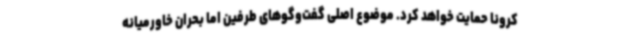
کرونا حمایت خواهد کرد. موضوع اصلی گفت‌وگوهای طرفین اما بحران خاورمیانه